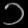
Digit: ၁